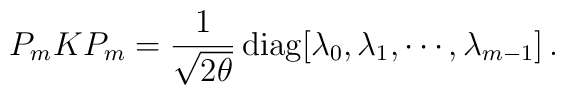
P_m K P_m ={1\over \sqrt{2\theta}}\, {\rm diag}\bigl[\lambda_0,\lambda_1,\cdots,\lambda_{m-1}\bigr]\,.